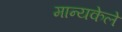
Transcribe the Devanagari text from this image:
मान्यकेले